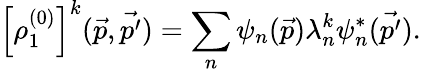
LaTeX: \left[\rho_{1}^{(0)}\right]^{k}(\vec{p},\vec{p^{\prime}})=\sum_{n}\psi_{n}(\vec{p})\lambda_{n}^{k}\psi_{n}^{*}(\vec{p^{\prime}}).